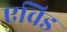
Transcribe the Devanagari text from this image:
एविड